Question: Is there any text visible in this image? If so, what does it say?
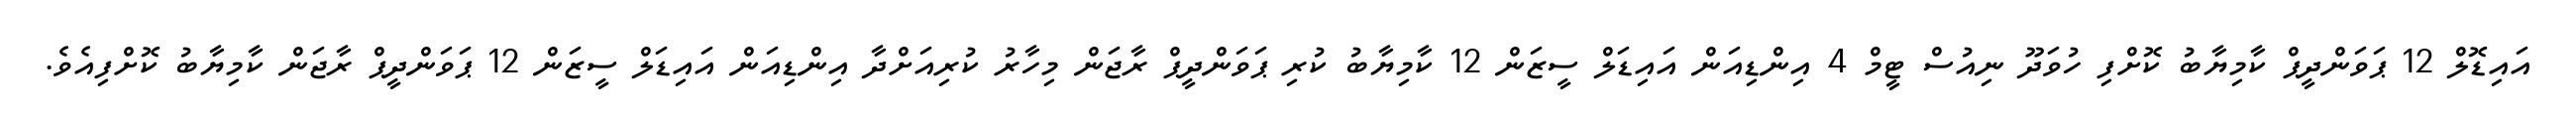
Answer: އައިޑޮލް 12 ޕަވަންދީޕް ކާމިޔާބު ކޮށްފި ހުވަދޫ ނިއުސް ޓީމް 4 އިންޑިއަން އައިޑަލް ސީޒަން 12 ކާމިޔާބު ކުރި ޕަވަންދީޕް ރާޖަން މިހާރު ކުރިއަށްދާ އިންޑިއަން އައިޑަލް ސީޒަން 12 ޕަވަންދީޕް ރާޖަން ކާމިޔާބު ކޮށްފިއެވެ.